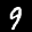
Label: 9